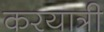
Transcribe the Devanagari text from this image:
करयात्री